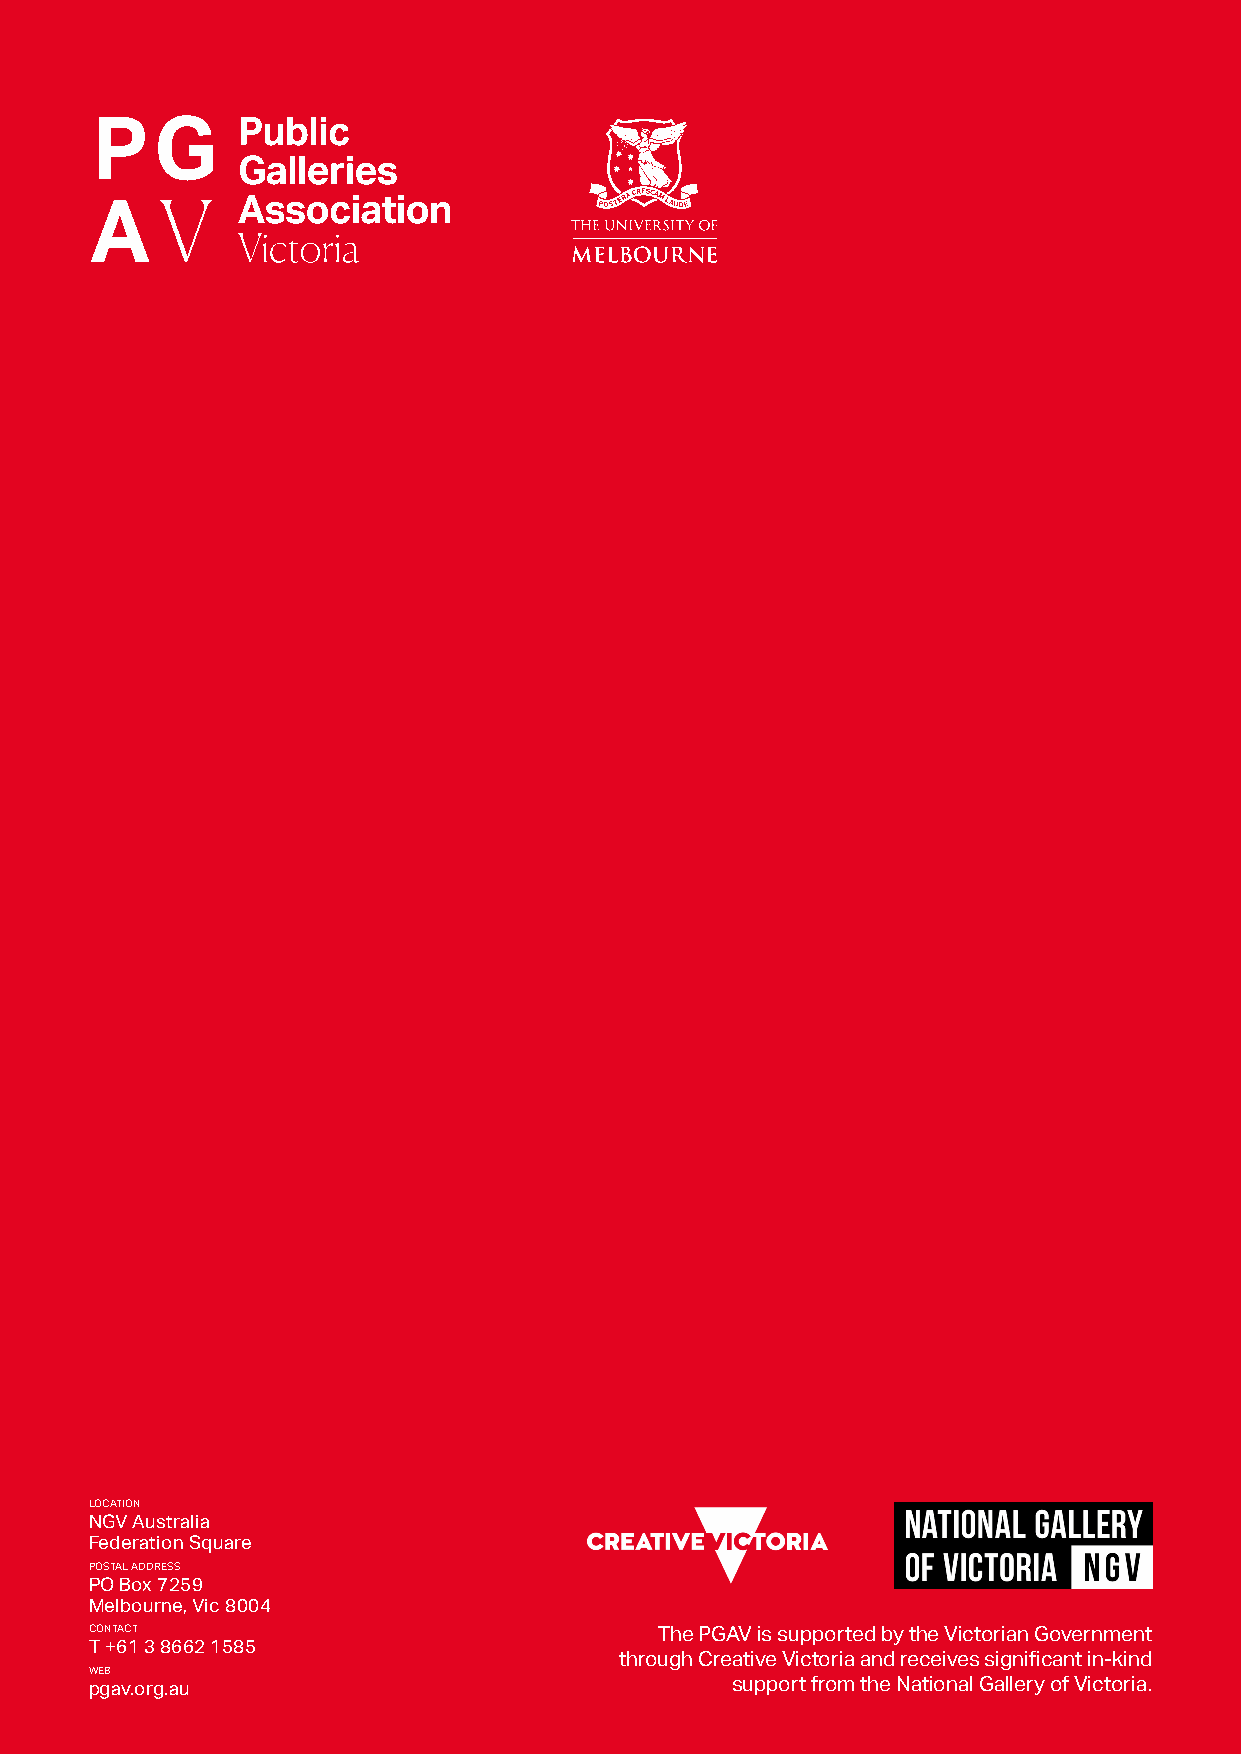
LOCATION
 NGV Australia
 Federation Square
 POSTAL ADDRESS
 PO Box 7259
 Melbourne, Vic 8004
 CONTACT
 The PGAV is supported by the Victorian Government
 T +61 3 8662 1585
 through Creative Victoria and receives significant in-kind
 WEB
 pgav.org.au                               support from the National Gallery of Victoria.